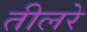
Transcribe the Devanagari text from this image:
तीलरे